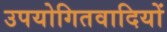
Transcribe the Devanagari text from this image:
उपयोगितवादियों